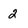
Character: 2